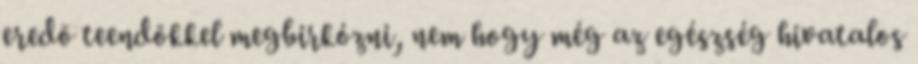
eredõ teendõkkel megbirkózni, nem hogy még az egészség hivatalos